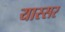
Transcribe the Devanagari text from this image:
यास्सर